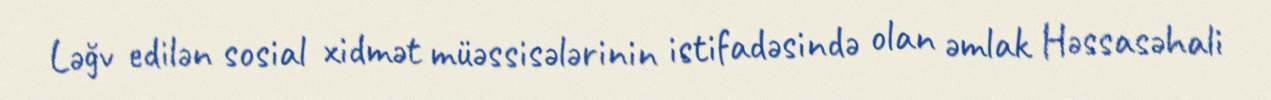
Ləğv edilən sosial xidmət müəssisələrinin istifadəsində olan əmlak Həssasəhali